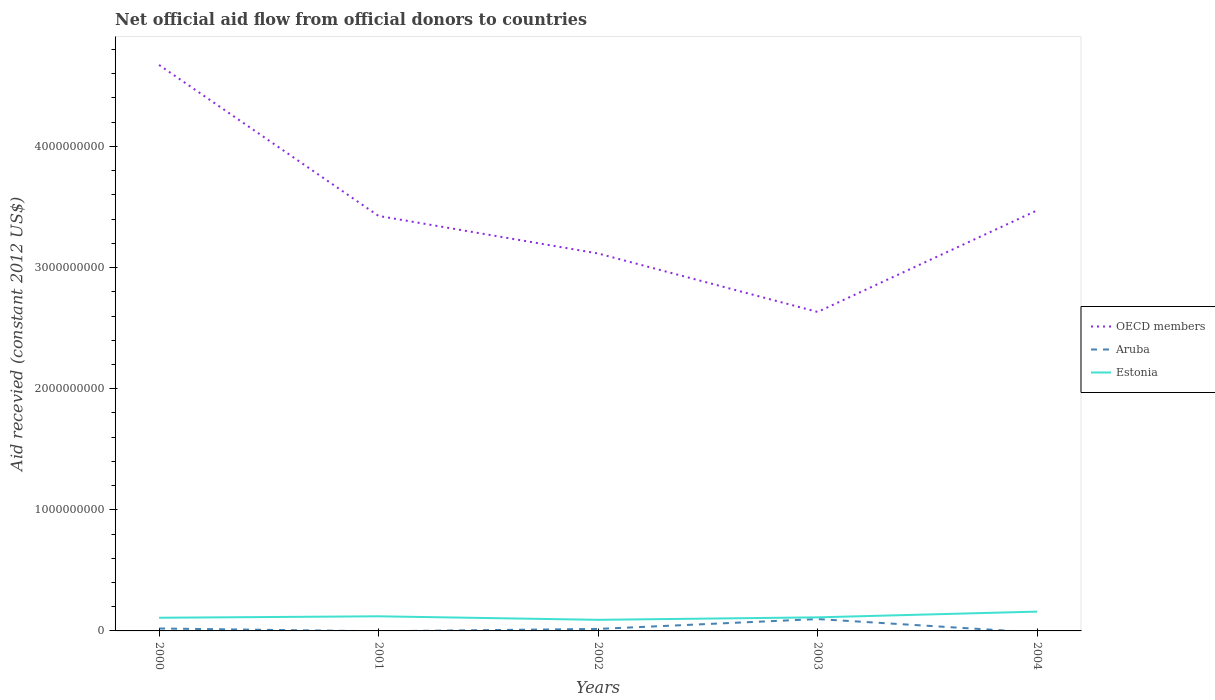
| Years | OECD members | Aruba | Estonia |
 | --- | --- | --- | --- |
 | 2000 | 4.67e+09 | 2.01e+07 | 1.09e+08 |
 | 2001 | 3.43e+09 | -2.92e+06 | 1.21e+08 |
 | 2002 | 3.12e+09 | 1.65e+07 | 9.16e+07 |
 | 2003 | 2.63e+09 | 9.79e+07 | 1.12e+08 |
 | 2004 | 3.47e+09 | -1.31e+07 | 1.59e+08 |